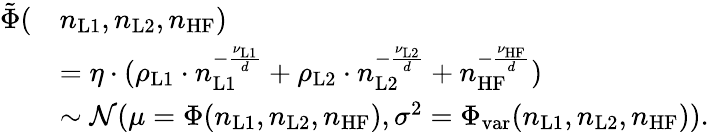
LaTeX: \begin{array}{rl}{\tilde{\Phi}(}&{n_{\mathrm{L1}},n_{\mathrm{L2}},n_{\mathrm{HF}})}\\ &{=\eta\cdot(\rho_{\mathrm{L1}}\cdot n_{\mathrm{L1}}^{-\frac{\nu_{\mathrm{L1}}}{d}}+\rho_{\mathrm{L2}}\cdot n_{\mathrm{L2}}^{-\frac{\nu_{\mathrm{L2}}}{d}}+n_{\mathrm{HF}}^{-\frac{\nu_{\mathrm{HF}}}{d}})}\\ &{\sim\mathcal{N}(\mu=\Phi(n_{\mathrm{L1}},n_{\mathrm{L2}},n_{\mathrm{HF}}),\sigma^{2}=\Phi_{\mathrm{var}}(n_{\mathrm{L1}},n_{\mathrm{L2}},n_{\mathrm{HF}})).}\end{array}